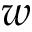
w